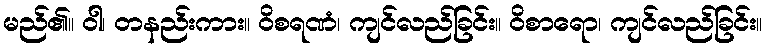
မည်၏။ ဝါ၊ တနည်းကား။ ဝိစရဏံ၊ ကျင်လည်ခြင်း။ ဝိစာရော၊ ကျင်လည်ခြင်း။